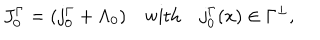
LaTeX: J _ { 0 } ^ { \Gamma } = ( j _ { 0 } ^ { \Gamma } + \Lambda _ { 0 } ) \quad \mathrm { w i t h } \quad j _ { 0 } ^ { \Gamma } ( x ) \in \Gamma ^ { \perp } ,